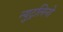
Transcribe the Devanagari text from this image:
न्युट्रलिनो